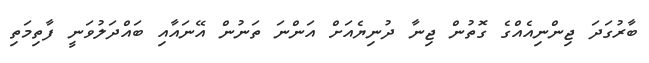
ބާރުގަދަ ޖިންނިއެއްގެ ގޮތުން ޖިނާ ދުނިޔެއަށް އަންނަ ތަނުން އޭނައާއި ބައްދަލުވަނީ ފާތިމަތި